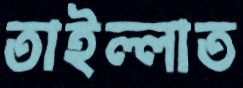
তাইল্লাত